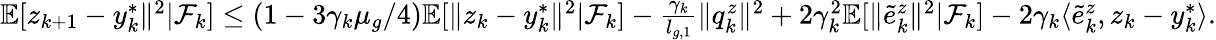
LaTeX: \begin{array}{r}{\mathbb{E}[z_{k+1}-y_{k}^{*}\| ^{2}|\mathcal{F}_{k}]\le(1-3\gamma_{k}\mu_{g}/4)\mathbb{E}[\| z_{k}-y_{k}^{*}\| ^{2}|\mathcal{F}_{k}]-\frac{\gamma_{k}}{l_{g,1}}\| q_{k}^{z}\| ^{2}+2\gamma_{k}^{2}\mathbb{E}[\| \tilde{e}_{k}^{z}\| ^{2}|\mathcal{F}_{k}]-2\gamma_{k}\langle\tilde{e}_{k}^{z},z_{k}-y_{k}^{*}\rangle.}\end{array}